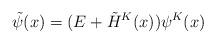
LaTeX: \begin{gather*}\tilde \psi(x) = (E + \tilde H^K(x)) \psi^K(x)\end{gather*}